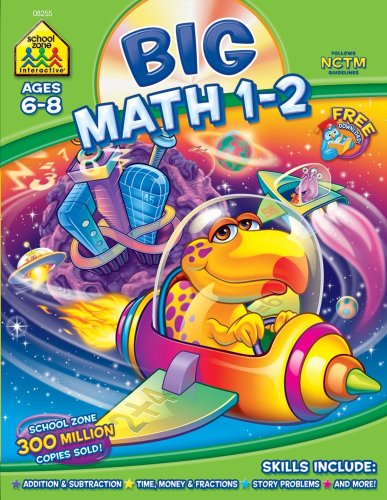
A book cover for Big Math 1-2; Children's Books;